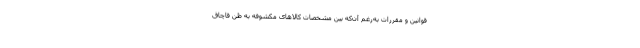
قوانین و مقررات به‌رغم آن‌که بین مشخصات کالا‌های مکشوفه به ظن قاچاق